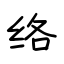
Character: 络